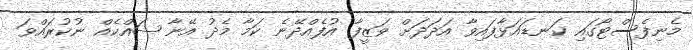
މެނިފެސްޓޯގައި ކަނޑައަޅާފައިވާ އަދަދަށް ވަޒީފާ އުފެއްދޭނެ ކަމާ މެދު އޭނާ ޝައްކެއް ނުކުރައްވަ